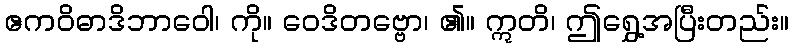
ဧကဝိဓာဒိဘာဝေါ၊ ကို။ ဝေဒိတဗ္ဗော၊ ၏။ ဣတိ၊ ဤရွှေ့အပြီးတည်း။